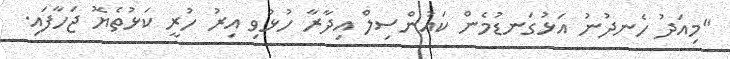
"މިއަދު ހެނދުނު އަޅުގަނޑުމެން ކައުންސިލް އިދާރާ ހުޅުވި އިރު ހުރީ ކަޅުތެޔޮ ޖަހާފައި.